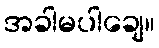
အခါမပါချေ။